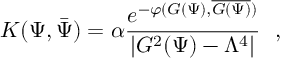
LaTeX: { K } ( \Psi , \bar { \Psi } ) = \alpha { \frac { e ^ { - \varphi ( { \cal G } ( \Psi ) , \overline { { { { \cal G } ( \Psi ) } } } ) } } { | { \cal G } ^ { 2 } ( \Psi ) - \Lambda ^ { 4 } | } } \ \ ,